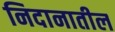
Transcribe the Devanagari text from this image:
निदानातील